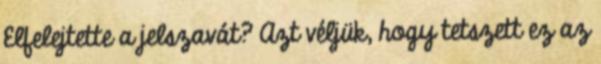
Elfelejtette a jelszavát? Azt véljük, hogy tetszett ez az